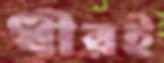
ধীরই